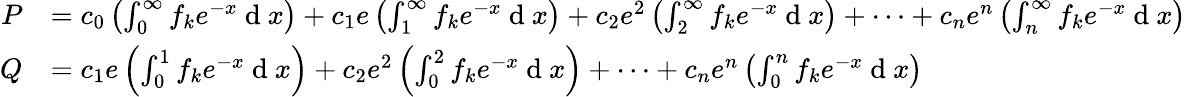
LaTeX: {\begin{array}{rl}{P}&{=c_{0}\left(\int_{0}^{\infty}f_{k}e^{-x}\ \mathrm{d}\ x\right)+c_{1}e\left(\int_{1}^{\infty}f_{k}e^{-x}\ \mathrm{d}\ x\right)+c_{2}e^{2}\left(\int_{2}^{\infty}f_{k}e^{-x}\ \mathrm{d}\ x\right)+\cdots+c_{n}e^{n}\left(\int_{n}^{\infty}f_{k}e^{-x}\ \mathrm{d}\ x\right)}\\ {Q}&{=c_{1}e\left(\int_{0}^{1}f_{k}e^{-x}\ \mathrm{d}\ x\right)+c_{2}e^{2}\left(\int_{0}^{2}f_{k}e^{-x}\ \mathrm{d}\ x\right)+\cdots+c_{n}e^{n}\left(\int_{0}^{n}f_{k}e^{-x}\ \mathrm{d}\ x\right)}\end{array}}